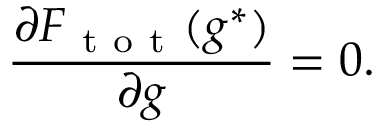
\frac { \partial F _ { \mathrm { ~ t ~ o ~ t ~ } } ( g ^ { * } ) } { \partial g } = 0 .